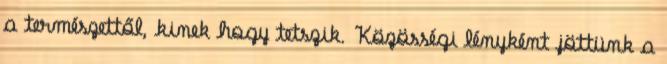
a természettől, kinek hogy tetszik. Közösségi lényként jöttünk a